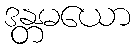
ဒန္တမယော